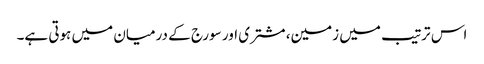
اس ترتیب میں زمین، مشتری اور سورج کے درمیان میں ہوتی ہے۔